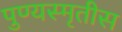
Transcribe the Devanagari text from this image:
पुण्यस्मृतीस